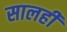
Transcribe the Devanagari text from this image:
सालही